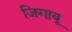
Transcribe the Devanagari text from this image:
जिगाबू